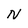
Character: N